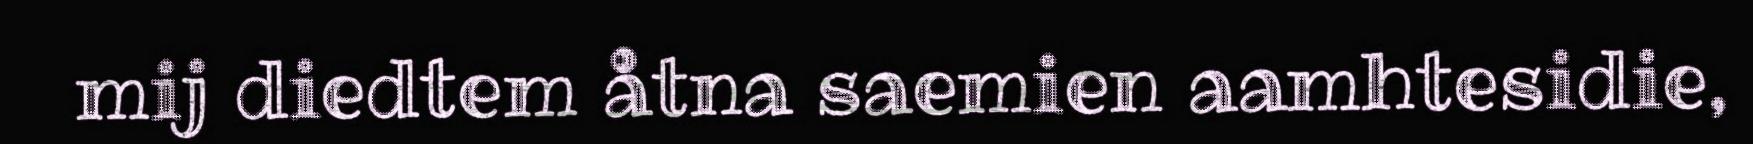
mij diedtem åtna saemien aamhtesidie,